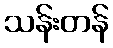
သန်းတန်